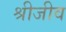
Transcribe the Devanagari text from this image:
श्रीजीव